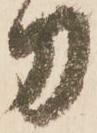
刀